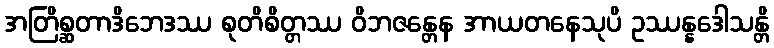
အတြိစ္ဆတာဒိဘေဒဿ စုတိစိတ္တဿ ဝိဘဇန္တေန အာယတနေသုပိ ဥဿန္နဒေါသန္တိ